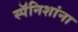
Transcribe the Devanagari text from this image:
स्पॅनिशांना